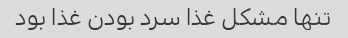
تنها مشکل غذا سرد بودن غذا بود